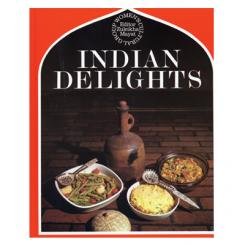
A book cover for Indian Delights; Dennis Bughwan; Cookbooks, Food & Wine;